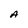
Character: A